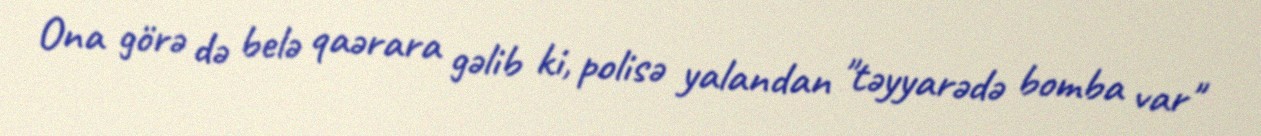
Ona görə də belə qaərara gəlib ki, polisə yalandan "təyyarədə bomba var"